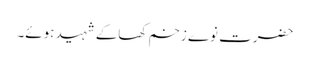
حضرت نوے زخم کھاکے شہید ہوئے۔